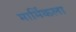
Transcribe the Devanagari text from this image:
मार्मिकला